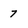
Character: 7